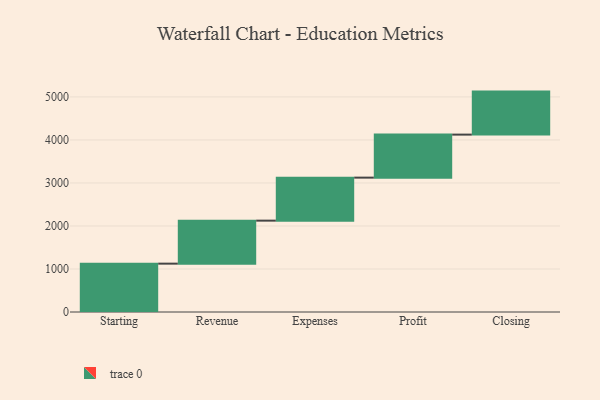
{"axis": {"x": "Step", "y": "Value"}, "legend": [""], "data": [{"x": "Starting", "y": 1124.0, "type": ""}, {"x": "Revenue", "y": 1000, "type": ""}, {"x": "Expenses", "y": 1000, "type": ""}, {"x": "Profit", "y": 1000, "type": ""}, {"x": "Closing", "y": 1000, "type": ""}]}